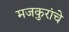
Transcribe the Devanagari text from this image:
मजकुरांचे